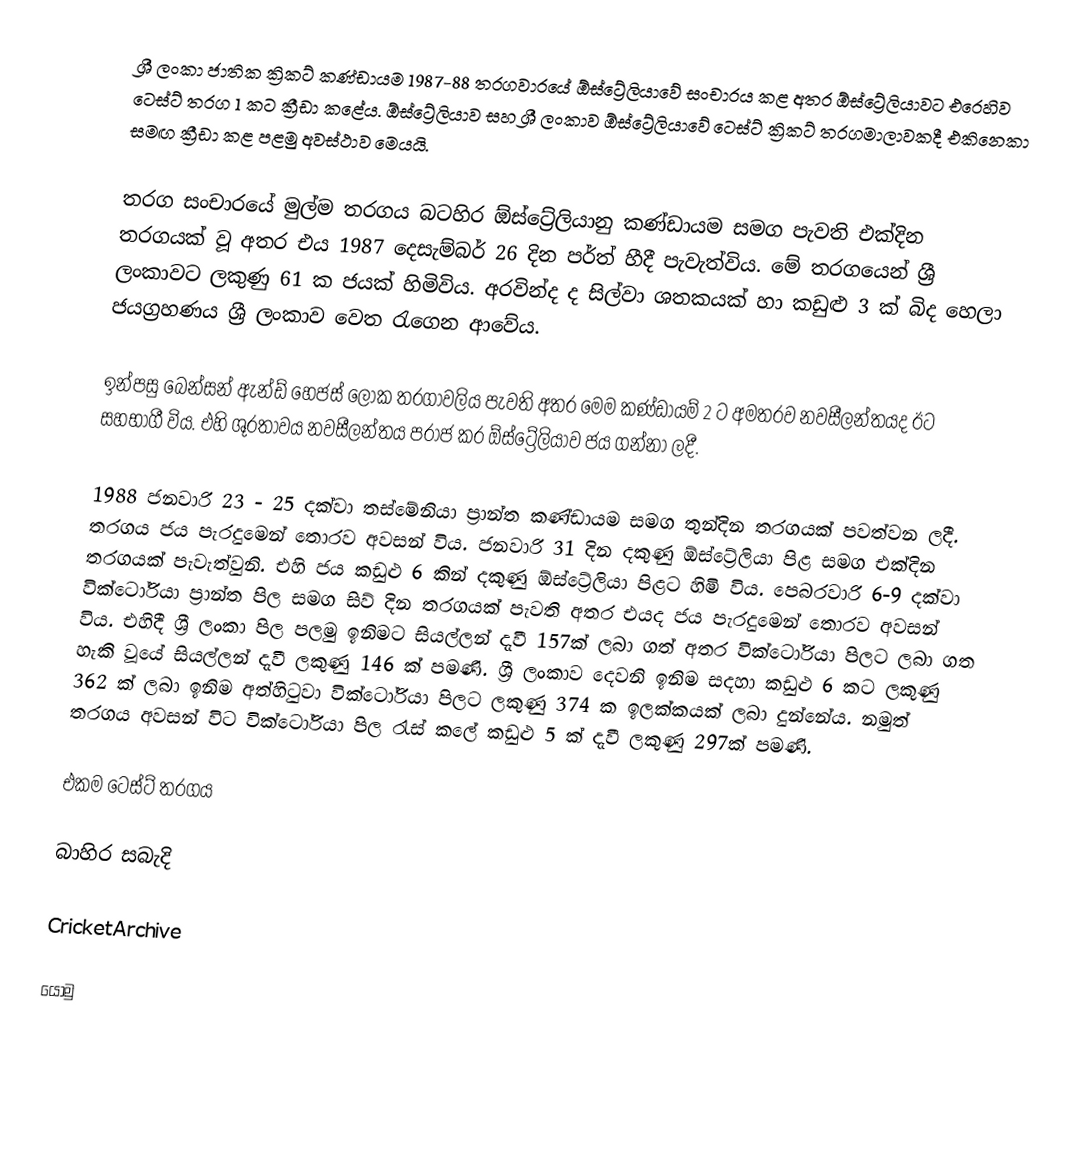
ශ්‍රී ලංකා ජාතික ක්‍රිකට් කණ්ඩායම 1987-88 තරගවාරයේ ඕස්ට්‍රේලියාවේ සංචාරය කළ අතර ඕස්ට්‍රේලියාවට එරෙහිව ටෙස්ට් තරග 1 කට ක්‍රීඩා කළේය. ඕස්ට්‍රේලියාව සහ ශ්‍රී ලංකාව ඕස්ට්‍රේලියාවේ ටෙස්ට් ක්‍රිකට් තරගමාලාවකදී එකිනෙකා සමඟ ක්‍රීඩා කළ පළමු අවස්ථාව මෙයයි.

තරග සංචාරයේ මුල්ම තරගය බටහිර ඕස්ට්‍රේලියානු කණ්ඩායම සමග පැවති එක්දින තරගයක් වූ අතර එය 1987 දෙසැම්බර් 26 දින පර්ත් හීදී පැවැත්විය. මේ තරගයෙන් ශ්‍රී ලංකාවට ලකුණු 61 ක ජයක් හිමිවිය. අරවින්ද ද සිල්වා ශතකයක් හා කඩුළු 3 ක් බිද හෙලා ජයග්‍රහණය ශ්‍රී ලංකාව වෙත රැගෙන ආවේය.

ඉන්පසු බෙන්සන් ඇන්ඩ් හෙජස් ලෝක තරගාවලිය පැවති අතර මෙම කණ්ඩායම් 2 ට අමතරව නවසීලන්තයද ඊට සහභාගී විය. එහි ශූරතාවය නවසීලන්තය පරාජ කර ඕස්ට්‍රේලියාව ජය ගන්නා ලදී.

1988 ජනවාරි 23 - 25 දක්වා තස්මේනියා ප්‍රාන්ත කණ්ඩායම සමග තුන්දින තරගයක් පවත්වන ලදී. තරගය ජය පැරදුමෙන් තොරව අවසන් විය. ජනවාරි 31 දින දකුණු ඕස්ට්‍රේලියා පිළ සමග එක්දින තරගයක් පැවැත්වුනි. එහි ජය කඩුළු 6 කින් දකුණු ඕස්ට්‍රේලියා පිළට හිමි විය. පෙබරවාරි 6-9 දක්වා වික්ටෝරියා ප්‍රාන්ත පිල සමග සිව් දින තරගයක් පැවති අතර එයද ජය පැරදුමෙන් තොරව අවසන් විය. එහිදී ශ්‍රී ලංකා පිල පලමු ඉනිමට සියල්ලන් දැවී 157ක් ලබා ගත් අතර වික්ටෝරියා පිලට ලබා ගත හැකි වූයේ සියල්ලන් දැවී ලකුණු 146 ක් පමණි. ශ්‍රී ලංකාව දෙවනි ඉනිම සදහා කඩුළු 6 කට ලකුණු 362 ක් ලබා ඉනිම අත්හිටුවා වික්ටෝරියා පිලට ලකුණු 374 ක ඉලක්කයක් ලබා දුන්නේය. නමුත් තරගය අවසන් විට වික්ටෝරියා පිල රැස් කලේ කඩුළු 5 ක් දැවී ලකුණු 297ක් පමණි.

එකම ටෙස්ට් තරගය

බාහිර සබැදි

 CricketArchive

යොමු